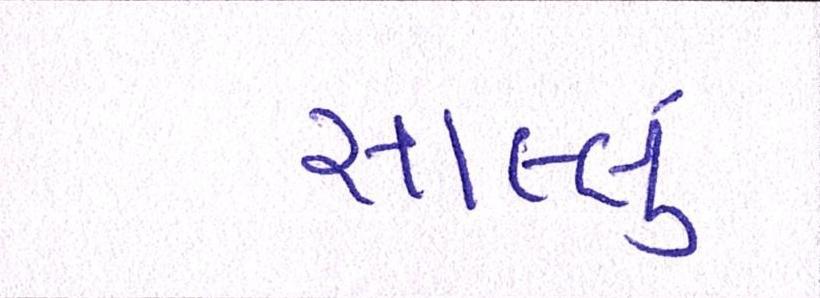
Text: સાલ્લું